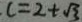
c = 2 + \sqrt { 3 }